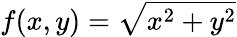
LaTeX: f(x,y)=\sqrt{x^{2}+y^{2}}